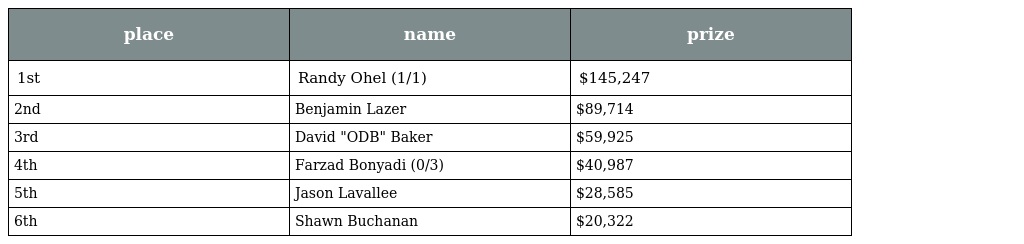
| place | name | prize |
 | --- | --- | --- |
 | 1st | Randy Ohel (1/1) | $145,247 |
 | 2nd | Benjamin Lazer | $89,714 |
 | 3rd | David "ODB" Baker | $59,925 |
 | 4th | Farzad Bonyadi (0/3) | $40,987 |
 | 5th | Jason Lavallee | $28,585 |
 | 6th | Shawn Buchanan | $20,322 |